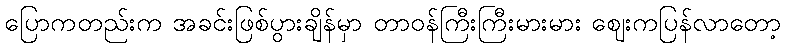
ပြောကတည်းက အခင်းဖြစ်ပွားချိန်မှာ တာဝန်ကြီးကြီးမားမား ဈေးကပြန်လာတော့